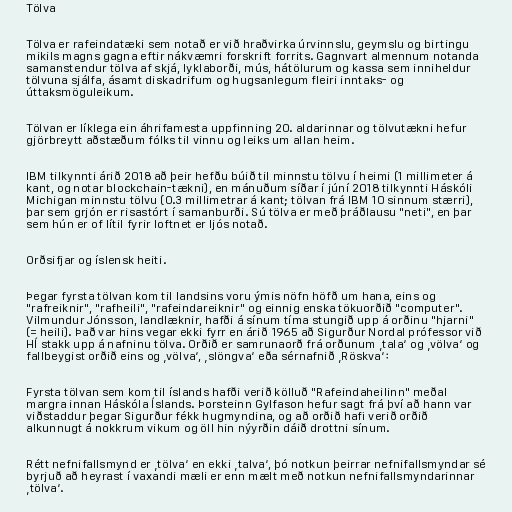
Tölva

Tölva er rafeindatæki sem notað er við hraðvirka úrvinnslu, geymslu og birtingu
mikils magns gagna eftir nákvæmri forskrift forrits. Gagnvart almennum notanda
samanstendur tölva af skjá, lyklaborði, mús, hátölurum og kassa sem inniheldur
tölvuna sjálfa, ásamt diskadrifum og hugsanlegum fleiri inntaks- og
úttaksmöguleikum.

Tölvan er líklega ein áhrifamesta uppfinning 20. aldarinnar og tölvutækni hefur
gjörbreytt aðstæðum fólks til vinnu og leiks um allan heim.

IBM tilkynnti árið 2018 að þeir hefðu búið til minnstu tölvu í heimi (1 millimeter á
kant, og notar blockchain-tækni), en mánuðum síðar í júní 2018 tilkynnti Háskóli
Michigan minnstu tölvu (0.3 millimetrar á kant; tölvan frá IBM 10 sinnum stærri),
þar sem grjón er risastórt í samanburði. Sú tölva er með þráðlausu "neti", en þar
sem hún er of lítil fyrir loftnet er ljós notað.

Orðsifjar og íslensk heiti.

Þegar fyrsta tölvan kom til landsins voru ýmis nöfn höfð um hana, eins og
"rafreiknir", "rafheili", "rafeindareiknir" og einnig enska tökuorðið "computer".
Vilmundur Jónsson, landlæknir, hafði á sínum tíma stungið upp á orðinu "hjarni"
(= heili). Það var hins vegar ekki fyrr en árið 1965 að Sigurður Nordal prófessor við
HÍ stakk upp á nafninu tölva. Orðið er samrunaorð frá orðunum ‚tala‘ og ‚völva‘ og
fallbeygist orðið eins og ‚völva‘, ‚slöngva‘ eða sérnafnið ‚Röskva‘:

Fyrsta tölvan sem kom til íslands hafði verið kölluð "Rafeindaheilinn" meðal
margra innan Háskóla Íslands. Þorsteinn Gylfason hefur sagt frá því að hann var
viðstaddur þegar Sigurður fékk hugmyndina, og að orðið hafi verið orðið
alkunnugt á nokkrum vikum og öll hin nýyrðin dáið drottni sínum.

Rétt nefnifallsmynd er ‚tölva‘ en ekki ‚talva‘, þó notkun þeirrar nefnifallsmyndar sé
byrjuð að heyrast í vaxandi mæli er enn mælt með notkun nefnifallsmyndarinnar
‚tölva‘.